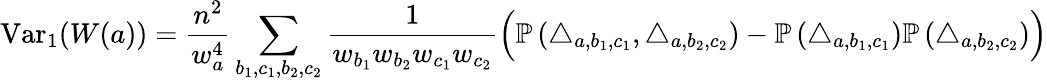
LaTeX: \operatorname{Var}_{1}(W(a))=\frac{n^{2}}{w_{a}^{4}}\sum_{b_{1},c_{1},b_{2},c_{2}}\frac{1}{w_{b_{1}}w_{b_{2}}w_{c_{1}}w_{c_{2}}}\Big(\mathbb{P}\left(\triangle_{a,b_{1},c_{1}},\triangle_{a,b_{2},c_{2}}\right)-\mathbb{P}\left(\triangle_{a,b_{1},c_{1}}\right)\mathbb{P}\left(\triangle_{a,b_{2},c_{2}}\right)\Big)